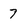
Character: 7